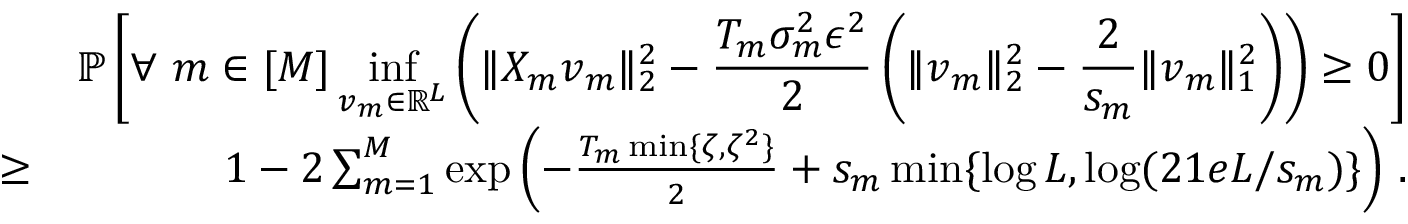
\begin{array} { r l r } & { } & { \mathbb P \left[ \displaystyle \forall ~ { m \in [ M ] } \operatorname* { i n f } _ { \boldsymbol { v } _ { m } \in \mathbb R ^ { L } } \left( | \! | X _ { m } \boldsymbol { v } _ { m } | \! | _ { 2 } ^ { 2 } - \frac { T _ { m } \sigma _ { m } ^ { 2 } \epsilon ^ { 2 } } 2 \left( | \! | \boldsymbol { v } _ { m } | \! | _ { 2 } ^ { 2 } - \frac { 2 } { s _ { m } } | \! | \boldsymbol { v } _ { m } | \! | _ { 1 } ^ { 2 } \right) \right) \geq 0 \right] } \\ & { \geq } & { 1 - 2 \sum _ { m = 1 } ^ { M } \exp \left( - \frac { T _ { m } \operatorname* { m i n } \{ \zeta , \zeta ^ { 2 } \} } { 2 } + s _ { m } \operatorname* { m i n } \{ \log L , \log ( 2 1 e L / s _ { m } ) \} \right) \, . } \end{array}